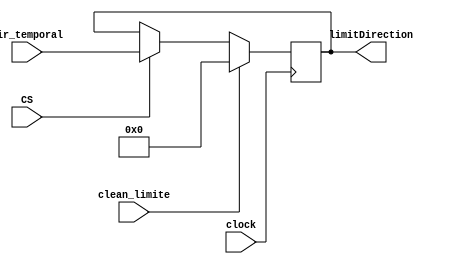
`timescale 1ns / 1ps
//////////////////////////////////////////////////////////////////////////////////
// Company: 
// Engineer: 
// 
// Design Name: 
// Module Name:    LIMITE_CANCION 
// Project Name: 
// Target Devices: 
// Tool versions: 
// Description: 
//
// Dependencies: 
//
// Revision: 
// Revision 0.01 - File Created
// Additional Comments: 
//
//////////////////////////////////////////////////////////////////////////////////
module LIMITE_CANCION(
		input wire clock,
		input wire CS,
		input wire clean_limite,
		input wire [5:0] dir_temporal,
		output reg [5:0] limitDirection
    );
always@(posedge clock)
	begin
		if(clean_limite)//Limpia el valor limite de la cancion
			begin
				limitDirection <= 6'b0;
			end
		else if(CS)// Si esta activo el CS de dicha memoria
			begin
				limitDirection <= dir_temporal;
			end
		
	end
endmodule